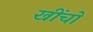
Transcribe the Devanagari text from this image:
खींचो